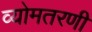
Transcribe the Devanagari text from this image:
व्योमतरणी